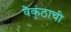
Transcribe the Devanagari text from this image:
वैकुंठाची